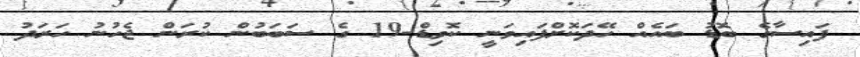
ފައިސާގެ ބޮޑު ބައެއް ހޭދަކޮށްފައިވަނީ ކޮވިޑް-19 ގެ ސަބަބުން ކުރަން ޖެހުނު ހަރަދު